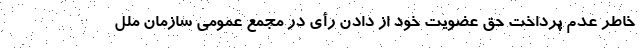
خاطر عدم پرداخت حق عضویت خود از دادن رأی در مجمع عمومی سازمان ملل